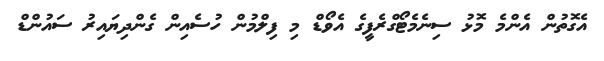
އެގޮތުން އެންމެ މޮޅު ސިނެމެޓޯގްރެފީގެ އެވޯޑް މި ފިލްމުން ހުސެއިން ގެންދިޔައިރު ސައުންޑް